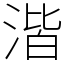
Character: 湝